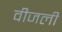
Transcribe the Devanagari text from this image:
वीजली